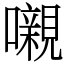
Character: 嚫